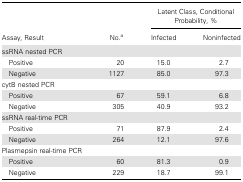
| <ROWSPAN=2> Assay, Result | <ROWSPAN=2> No.a | <COLSPAN=2> Latent Class, Conditional Probability, % |
 | Infected | Noninfected |
 | --- | --- | --- | --- |
 | ssRNA nested PCR |  |  |  |
 | Positive | 20 | 15.0 | 2.7 |
 | Negative | 1127 | 85.0 | 97.3 |
 | cytB nested PCR |  |  |  |
 | Positive | 67 | 59.1 | 6.8 |
 | Negative | 305 | 40.9 | 93.2 |
 | ssRNA real-time PCR |  |  |  |
 | Positive | 71 | 87.9 | 2.4 |
 | Negative | 264 | 12.1 | 97.6 |
 | Plasmepsin real-time PCR |  |  |  |
 | Positive | 60 | 81.3 | 0.9 |
 | Negative | 229 | 18.7 | 99.1 |